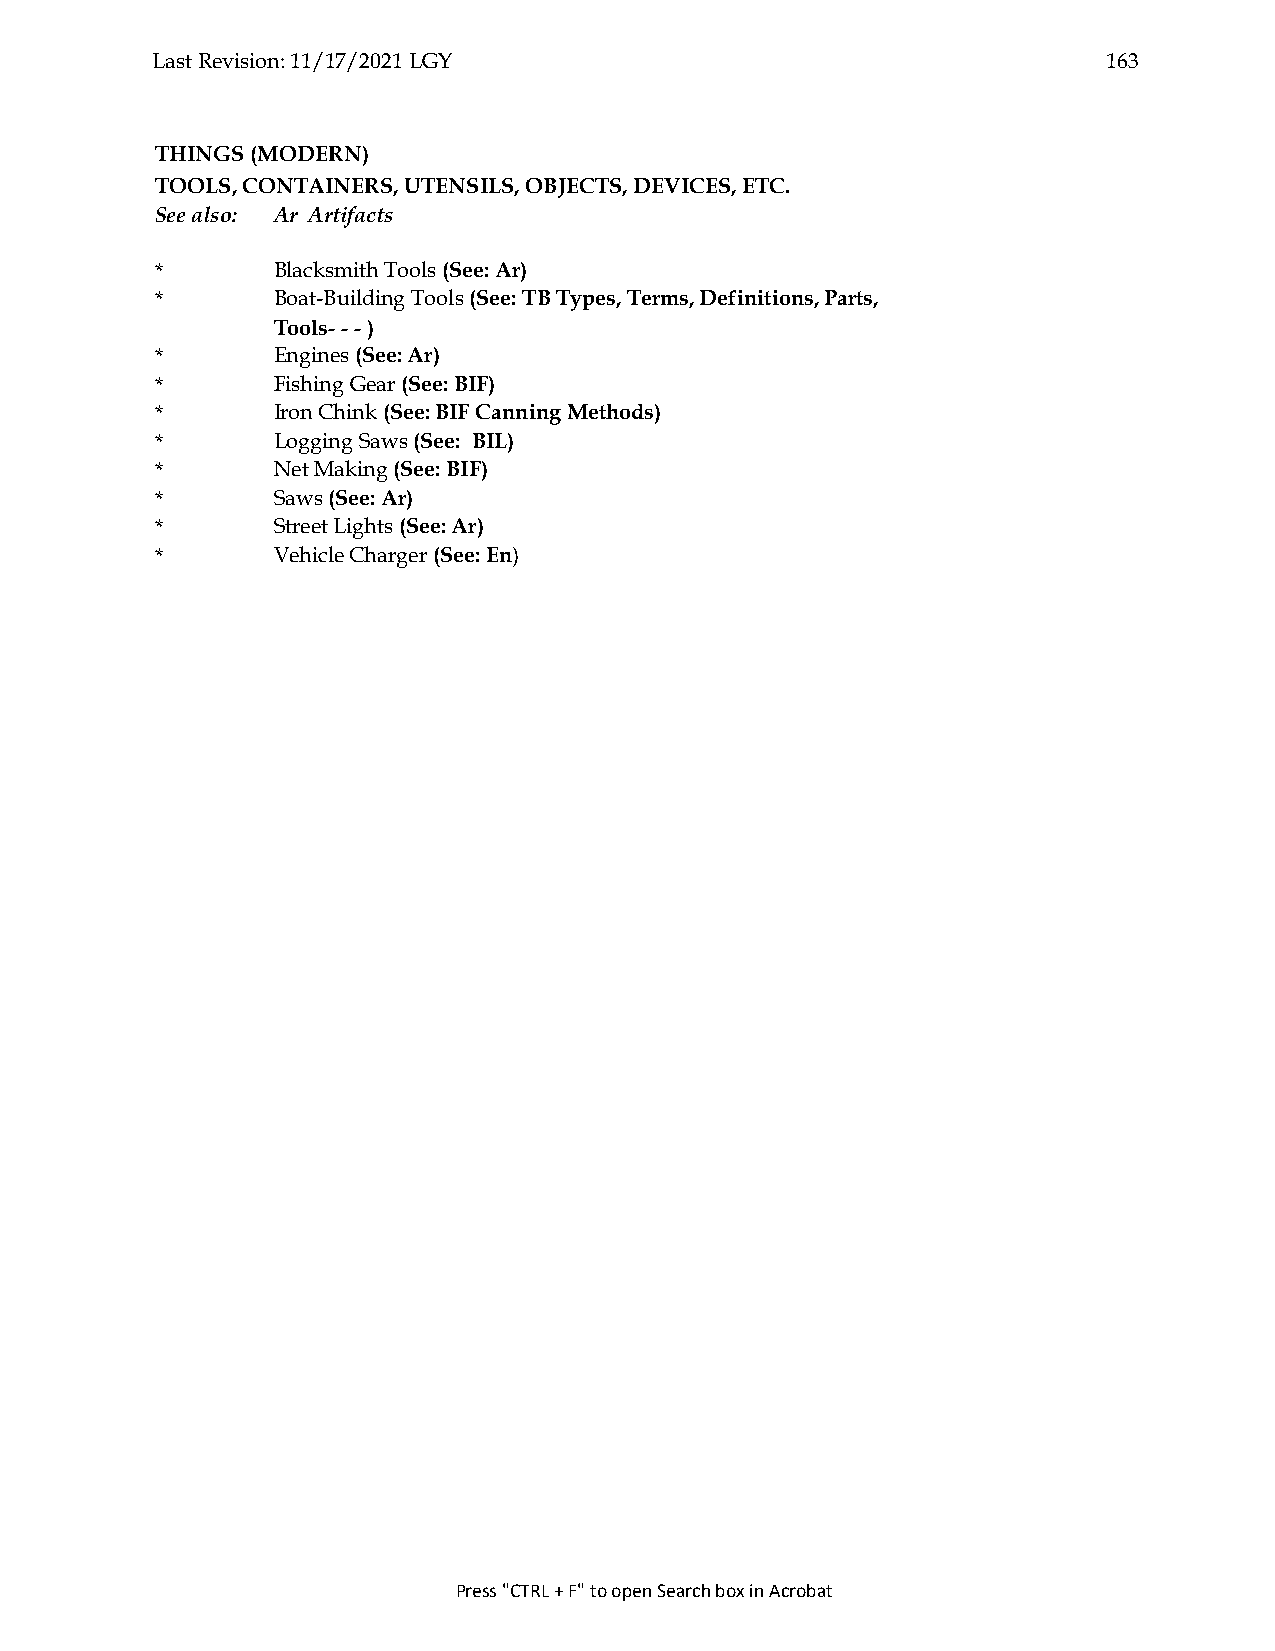
Last Revision: 11/17/2021 LGY                                  163
 THINGS (MODERN)
 TOOLS, CONTAINERS, UTENSILS, OBJECTS, DEVICES, ETC.
 See also: Ar Artifacts
 *       Blacksmith Tools (See: Ar)
 *       Boat-Building Tools (See: TB Types, Terms, Definitions, Parts,
 Tools- - - )
 *       Engines (See: Ar)
 *       Fishing Gear (See: BIF)
 *       Iron Chink (See: BIF Canning Methods)
 *       Logging Saws (See: BIL)
 *       Net Making (See: BIF)
 *       Saws (See: Ar)
 *       Street Lights (See: Ar)
 *       Vehicle Charger (See: En)
 Press "CTRL + F" to open Search box in Acrobat